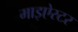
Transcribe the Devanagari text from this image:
माइऐस्टर